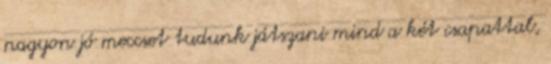
nagyon jó meccset tudunk játszani mind a két csapattal,